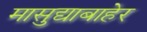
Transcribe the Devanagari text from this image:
मासुद्याबाहेर